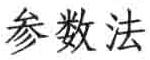
参数法